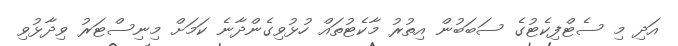
އަދި މި ސެޓްފިކެޓުގެ ސަބަބުން އިތުރު މާކެޓުތައް ހުޅުވިގެންދާނެ ކަމަށް މިނިސްޓަރު ވިދާޅުވި